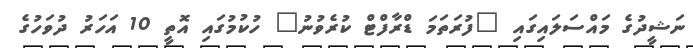
ނަޝީދުގެ މައްސަލައިގައި "ފުރަތަމަ ޑްރާފްޓް ކުރެވުނު" ހުކުމުގައި އޮތީ 10 އަހަރު ދުވަހުގެ